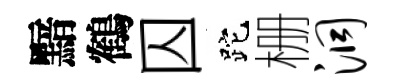
黯鶴囚跎栅洞